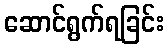
ဆောင်ရွက်ရခြင်း